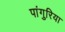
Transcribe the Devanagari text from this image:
पांगुरिया